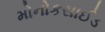
મોનોકસાઈડ